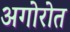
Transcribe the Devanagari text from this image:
अगोरोत